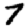
Digit: 7